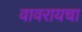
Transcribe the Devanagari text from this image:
वावरायचा